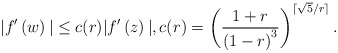
\begin{align*}|f'\left(w\right)| \le c(r) |f'\left(z\right)|, c(r) = \left(\frac{1+r}{\left(1-r\right)^3}\right)^{\lceil \sqrt{5}/r\rceil}.\end{align*}